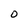
Character: o